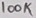
Text: 100K